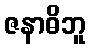
ဇနာဓိဘူ